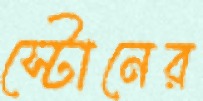
স্টোনের